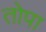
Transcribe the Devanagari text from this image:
तोपा